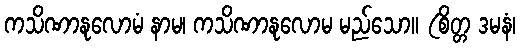
ကသိဏာနုလောမံ နာမ၊ ကသိဏာနုလောမ မည်သော။ (စိတ္တ ဒမနံ၊